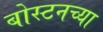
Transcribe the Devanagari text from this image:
बोस्टनच्या